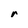
Character: r